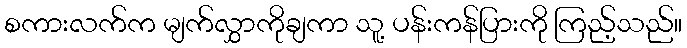
စကားလက်က မျက်လွှာကိုချကာ သူ့ ပန်းကန်ပြားကို ကြည့်သည်။